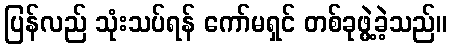
ပြန်လည် သုံးသပ်ရန် ကော်မရှင် တစ်ခုဖွဲ့ခဲ့သည်။